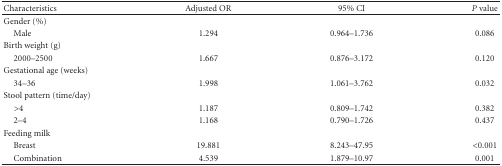
| Characteristics | Adjusted OR | 95% CI | P value |
 | --- | --- | --- | --- |
 | Gender (%) |  |  |  |
 | Male | 1.294 | 0.964–1.736 | 0.086 |
 | Birth weight (g) |  |  |  |
 | 2000–2500 | 1.667 | 0.876–3.172 | 0.120 |
 | Gestational age (weeks) |  |  |  |
 | 34–36 | 1.998 | 1.061–3.762 | 0.032 |
 | Stool pattern (time/day) |  |  |  |
 | >4 | 1.187 | 0.809–1.742 | 0.382 |
 | 2–4 | 1.168 | 0.790–1.726 | 0.437 |
 | Feeding milk |  |  |  |
 | Breast | 19.881 | 8.243–47.95 | <0.001 |
 | Combination | 4.539 | 1.879–10.97 | 0.001 |